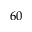
6 0